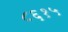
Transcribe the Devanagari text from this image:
८६१५